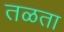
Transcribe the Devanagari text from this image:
तळता